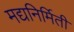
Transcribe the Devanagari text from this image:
मद्यनिर्मिती